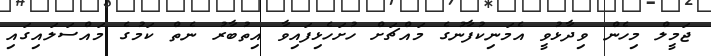
ޖަމީލް މިހެން ވިދާޅުވީ އެމަނިކުފާނުގެ މައްޗަށް ހުށަހެޅިފައިވާ އިތުބާރު ނެތް ކަމުގެ މައްސަލައިގައި